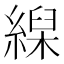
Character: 𦃨